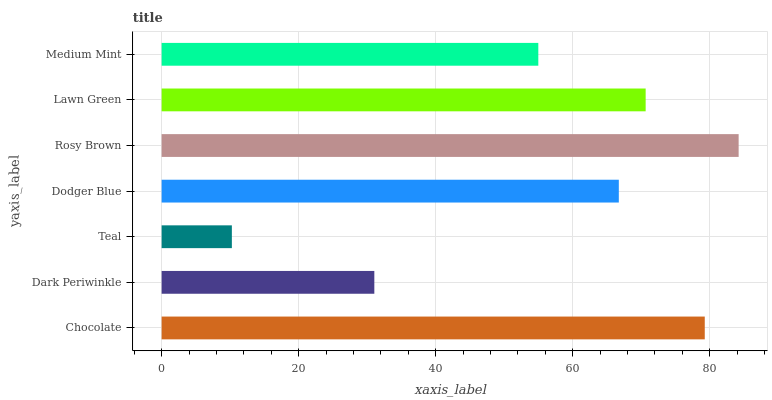
| yaxis_label | bars |
 | --- | --- |
 | Chocolate | 79.3 |
 | Dark Periwinkle | 31 |
 | Teal | 10.2 |
 | Dodger Blue | 66.7 |
 | Rosy Brown | 84.2 |
 | Lawn Green | 70.6 |
 | Medium Mint | 55 |